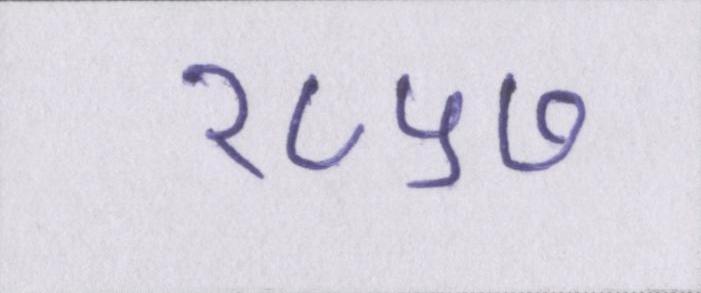
१८५७